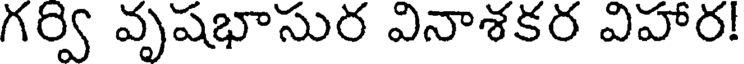
గర్వి వృషభాసుర వినాశకర విహార!